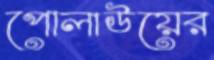
পোলাউয়ের